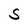
Character: S